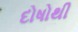
દોષોથી